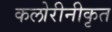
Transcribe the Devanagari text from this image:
कलोरीनीकृत